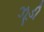
ઝૂડી